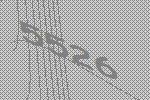
5526